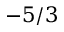
- 5 / 3